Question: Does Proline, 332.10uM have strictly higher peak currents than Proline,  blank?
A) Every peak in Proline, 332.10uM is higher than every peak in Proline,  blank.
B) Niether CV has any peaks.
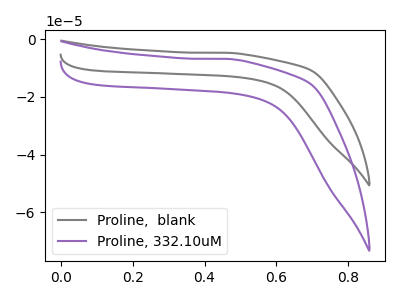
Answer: <think>The gray curve "Proline,  blank" has no peaks. The purple curve "Proline, 332.10uM" has no peaks.</think>
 <answer>B) Niether CV has any peaks.</answer>
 <eval>B</eval>